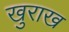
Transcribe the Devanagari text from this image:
खुराख